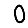
Digit: 0